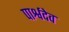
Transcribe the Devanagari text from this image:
पार्श्वदेव